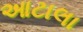
આટાલા